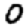
Digit: 0